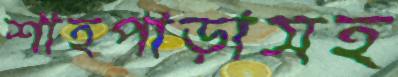
শাহপাড়াসহ